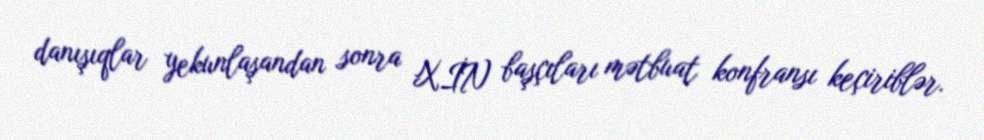
danışıqlar yekunlaşandan sonra XİN başçıları mətbuat konfransı keçiriblər.